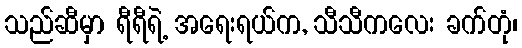
သည်ဆီမှာ ရီရီရဲ့ အရေးရယ်က, သီသီကလေး ခက်တုံ၊